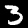
Digit: 3